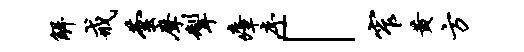
解戒芸摩掣瘴序「窄黄方